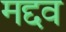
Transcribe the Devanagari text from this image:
मद्दव